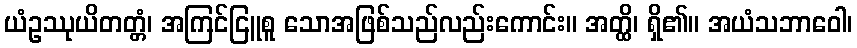
ယံဥဿုယိတတ္တံ၊ အကြင်ငြူစူ သောအဖြစ်သည်လည်းကောင်း။ အတ္ထိ၊ ရှိ၏။ အယံသဘာဝေါ၊